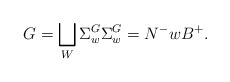
\begin{align*}G=\bigsqcup_{W} \Sigma^{G}_{w} \Sigma^{G}_{ w}=N^- w B^+.\end{align*}